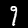
Label: 9